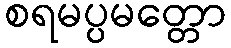
စရမပ္ပမတ္တော